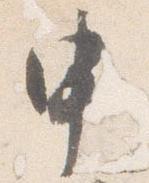
申